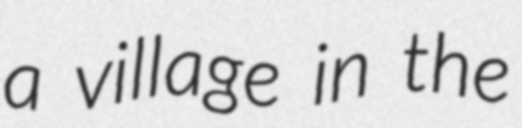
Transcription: a village in the